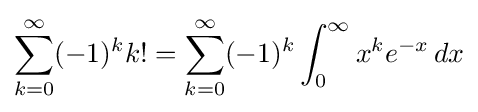
\sum _{k=0}^{\infty }(-1)^{k}k!=\sum _{k=0}^{\infty }(-1)^{k}\int _{0}^{\infty }x^{k}e^{-x}\,dx